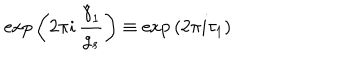
\mathrm { e x p } \left( 2 \pi i \, \frac { \hat { \gamma } _ { 1 } } { g _ { s } } \right) \equiv \mathrm { e x p } \left( 2 \pi i \tau _ { 1 } \right)